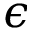
\epsilon